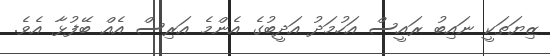
ޒިޔަތަކީ ނައިބު ރައީސް އަހުމަދު އަދީބުގެ އެންމެ އަރިސް އެއް ބޭފުޅާ އެވެ.